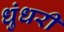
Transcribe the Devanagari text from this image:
धुंधरी